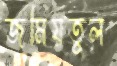
জমিয়তুল